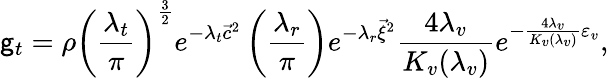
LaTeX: \mathsf{g}_{t}=\rho\left(\frac{{\lambda_{t}}}{{\pi}}\right)^{\frac{{3}}{{2}}}e^{-\lambda_{t}{\vec{{c}}}^{2}}\left(\frac{{\lambda_{r}}}{{\pi}}\right)e^{-\lambda_{r}{\vec{{\xi}}}^{2}}\frac{{4\lambda_{v}}}{{K_{v}(\lambda_{v})}}e^{-\frac{{4\lambda_{v}}}{{K_{v}(\lambda_{v})}}\varepsilon_{v}},